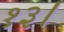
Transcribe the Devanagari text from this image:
१३।